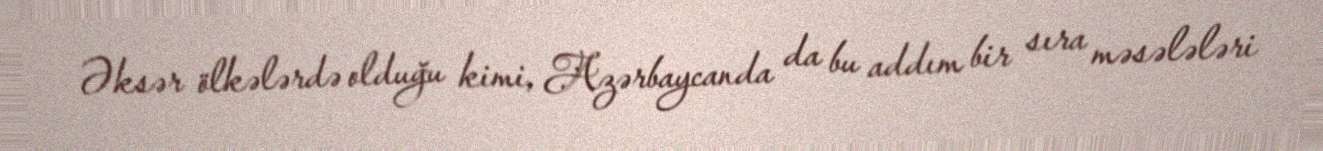
Əksər ölkələrdə olduğu kimi, Azərbaycanda da bu addım bir sıra məsələləri